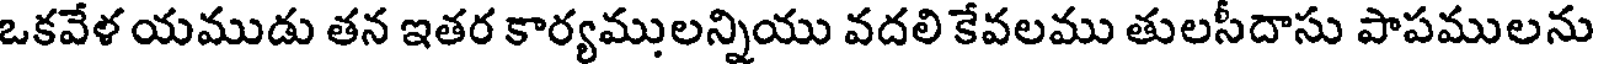
ఒకవేళ యముడు తన ఇతర కార్యములన్నియు వదలి కేవలము తులసీదాసు పాపములను